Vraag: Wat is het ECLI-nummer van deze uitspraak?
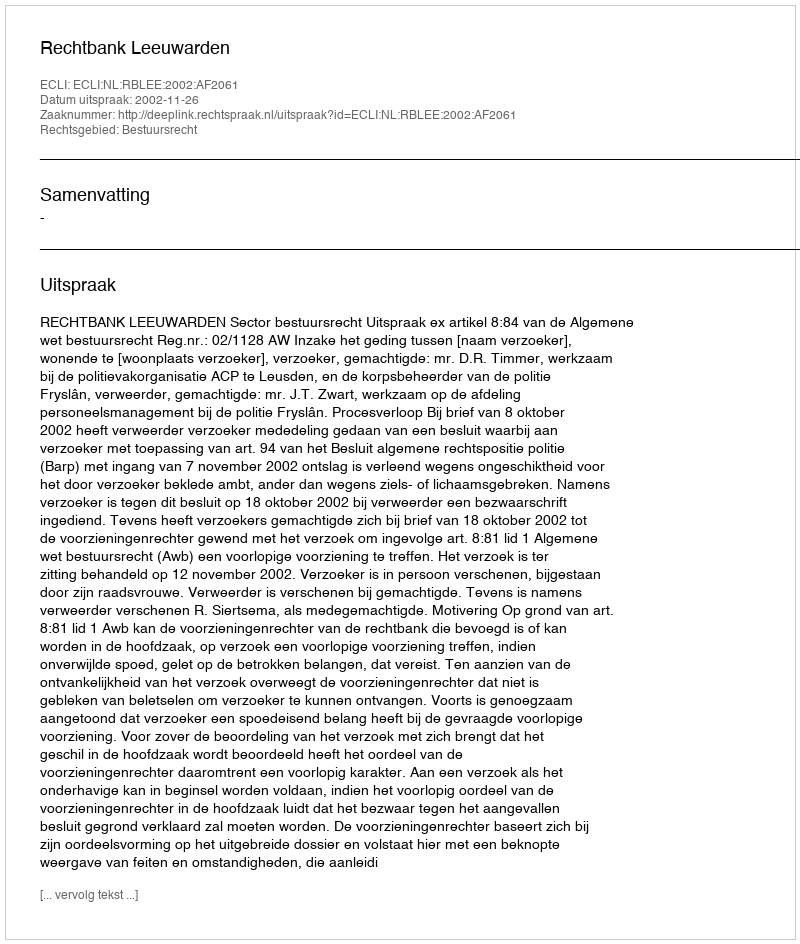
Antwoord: ECLI:NL:RBLEE:2002:AF2061